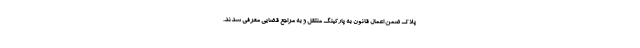
پلاک ضمن اعمال قانون به پارکینگ منتقل و به مراجع قضایی معرفی شدند.